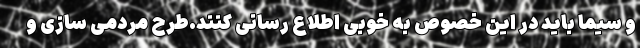
و سیما باید در این خصوص به خوبی اطلاع رسانی کنند.طرح مردمی سازی و